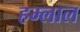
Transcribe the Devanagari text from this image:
हम्लाल